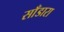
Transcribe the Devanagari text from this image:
साँडारा